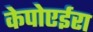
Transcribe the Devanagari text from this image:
केपोएईरा